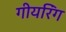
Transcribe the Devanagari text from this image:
गीयरिंग